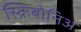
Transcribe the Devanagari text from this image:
स्क्रिबोनिअ